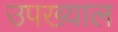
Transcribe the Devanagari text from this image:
उपख्याल